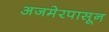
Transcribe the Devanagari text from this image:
अजमेरपासून